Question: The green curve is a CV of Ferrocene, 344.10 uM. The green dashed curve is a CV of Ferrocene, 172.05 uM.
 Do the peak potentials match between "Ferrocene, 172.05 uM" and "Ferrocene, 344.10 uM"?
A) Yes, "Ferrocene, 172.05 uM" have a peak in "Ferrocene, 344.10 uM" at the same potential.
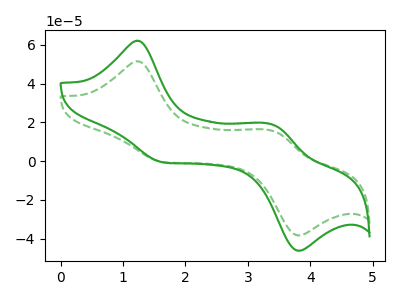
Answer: <think>The green curve "Ferrocene, 344.10 uM" has anodic peaks at (1.20V, 62.15uA) (3.40V, 18.95uA) and cathodic peaks at (1.70V, -0.75uA) (3.85V, -46.25uA). The green dashed curve "Ferrocene, 172.05 uM" has anodic peaks at (1.20V, 51.55uA) (3.40V, 15.75uA) and cathodic peaks at (1.70V, -0.65uA) (3.85V, -38.35uA).</think>
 <answer>A) Yes, "Ferrocene, 172.05 uM" have a peak in "Ferrocene, 344.10 uM" at the same potential.</answer>
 <eval>A</eval>